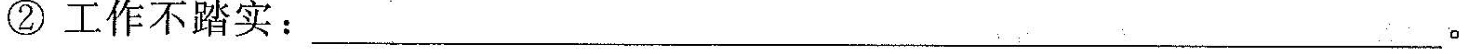
②工作不踏实:___.